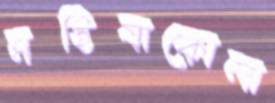
মহিষাকোলা